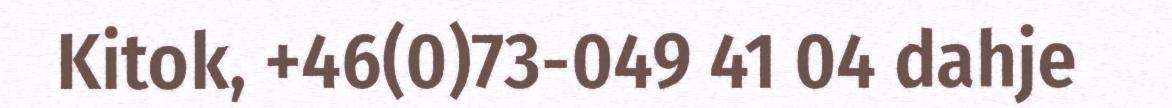
Kitok, +46(0)73-049 41 04 dahje